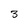
Character: 3